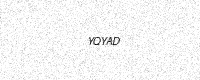
Text: YQYAD